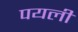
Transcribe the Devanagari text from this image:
पयली